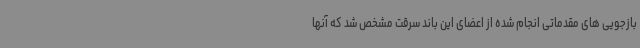
بازجویی های مقدماتی انجام شده از اعضای این باند سرقت مشخص شد که آنها